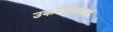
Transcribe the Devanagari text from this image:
उकपेनुअकाई